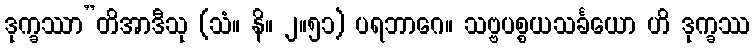
ဒုက္ခဿာ”တိအာဒီသု (သံ။ နိ။ ၂။၅၁) ပရဘာဂေ။ သဗ္ဗပစ္စယသင်္ခယော ဟိ ဒုက္ခဿ